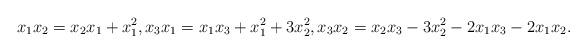
LaTeX: \begin{align*}x_1 x_2 = x_2 x_1 + x_1^2, x_3 x_1 = x_1 x_3 + x_1^2 + 3 x_2^2, x_3 x_2 = x_2 x_3 - 3 x_2^2 - 2 x_1 x_3 - 2 x_1 x_2.\end{align*}